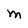
Character: M